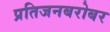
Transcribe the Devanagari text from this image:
प्रतिजनबरोबर